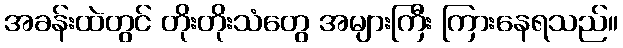
အခန်းထဲတွင် တိုးတိုးသံတွေ အများကြီး ကြားနေရသည်။